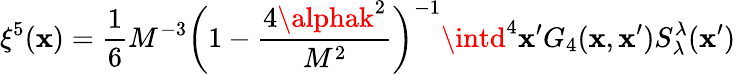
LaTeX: \xi^{5}(\mathbf{x})=\frac{{1}}{{6}}M^{-3}\bigg(1-\frac{{4\alphak^{2}}}{{M^{2}}}\bigg)^{-1}\intd^{4}\mathbf{x}^{\prime}G_{4}(\mathbf{x},\mathbf{x}^{\prime})S_{\lambda}^{\lambda}(\mathbf{x}^{\prime})